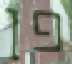
פן